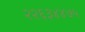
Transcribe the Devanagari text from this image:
२२६३४४७५